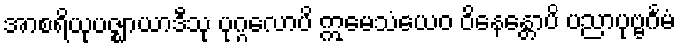
အာစရိယုပဇ္ဈာယာဒီသု ပုဂ္ဂလောပိ ဣမေသံယေဝ ဝိနေန္တောပိ ပညာပုဗ္ဗင်္ဂမံ